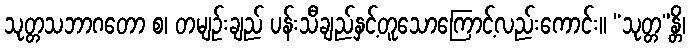
သုတ္တသဘာဂတော စ၊ တမျဉ်းချည် ပန်းသီချည်နှင့်တူသောကြောင့်လည်းကောင်း။ “သုတ္တ”န္တိ၊